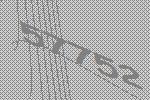
57752